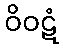
ဝိဝဋံ